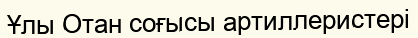
Ұлы Отан соғысы артиллеристері